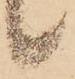
候